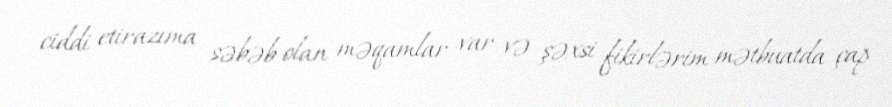
ciddi etirazıma səbəb olan məqamlar var və şəxsi fikirlərim mətbuatda çap